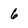
Character: 6